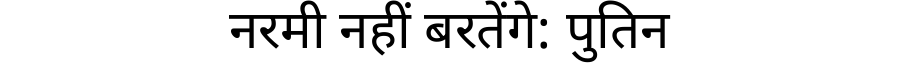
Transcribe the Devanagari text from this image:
नरमी नहीं बरतेंगे: पुतिन